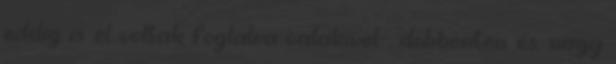
eddig is el voltak foglalva valakivel-, döbbenten és. nagy